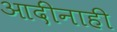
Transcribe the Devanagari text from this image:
आदींनाही